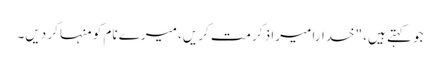
جو کہتے ہیں، "خدارا میرا ذکر مت کریں، میرے نام کو منہا کر دیں۔